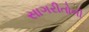
સાગરીતોની